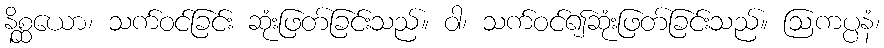
နိစ္ဆယော၊ သက်ဝင်ခြင်း ဆုံးဖြတ်ခြင်းသည်။ ဝါ၊ သက်ဝင်၍ဆုံးဖြတ်ခြင်းသည်။ ဩကပ္ပနံ၊